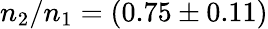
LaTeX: n_{2}/n_{1}=(0.75\pm 0.11)